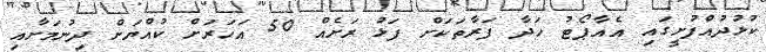
ކުޅުދުއްފުށީގައި އެއާޕޯޓު ހަދާ ފަރާތަކަށް ފަޅު ރަށެއް 50 އަހަރަށް ކުއްޔަށް ދިނުމަށާއި